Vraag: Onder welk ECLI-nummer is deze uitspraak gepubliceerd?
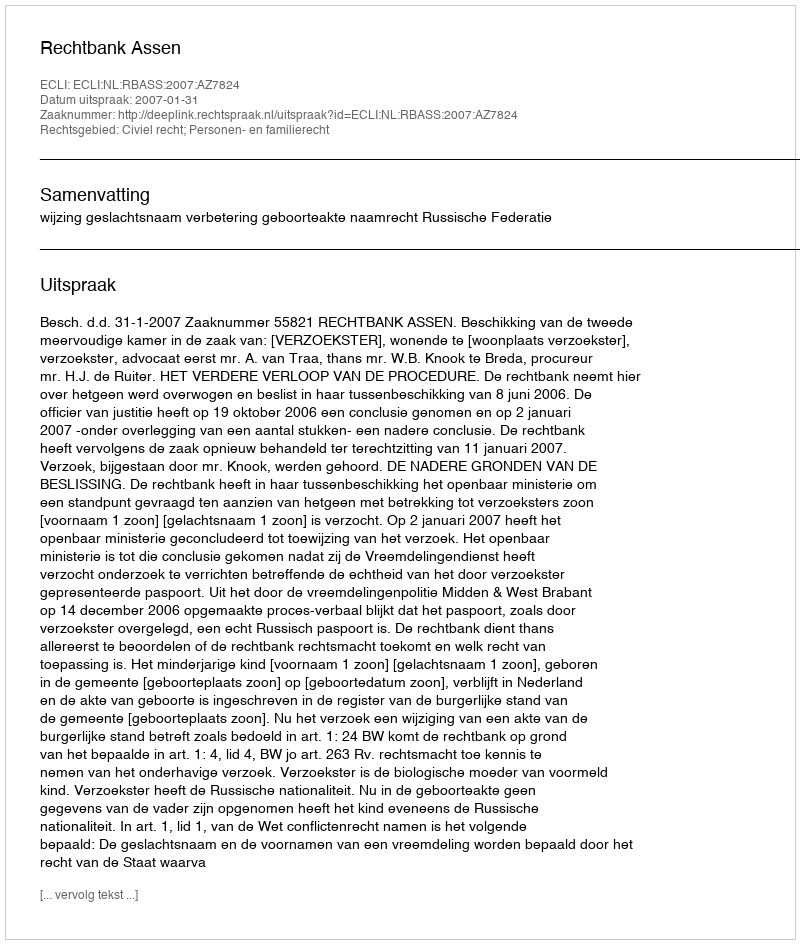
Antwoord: ECLI:NL:RBASS:2007:AZ7824